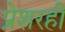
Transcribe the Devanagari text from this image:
प्रेशरही